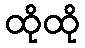
ထိုထို